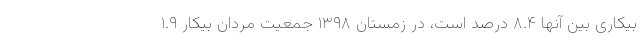
بیکاری بین آنها ۸.۴ درصد است، در زمستان ۱۳۹۸ جمعیت مردان بیکار ۱.۹